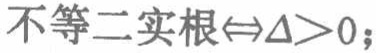
不等二实根$\Leftrightarrow\Delta>0$；